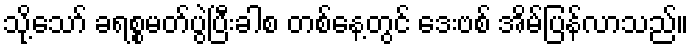
သို့သော် ခရစ္စမတ်ပွဲပြီးခါစ တစ်နေ့တွင် ဒေးဗစ် အိမ်ပြန်လာသည်။